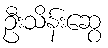
ဦးသိန်းဆွေ